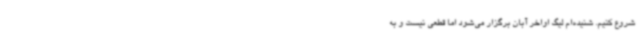
شروع کنیم. شنیده‌ام لیگ اواخر آبان برگزار می‌شود اما قطعی نیست و به